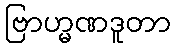
ဗြာဟ္မဏဒူတာ